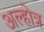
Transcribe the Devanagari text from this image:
अल्होत्र